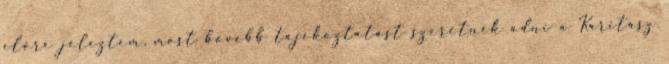
előre jeleztem, most bővebb tájékoztatást szeretnék adni a Karitász